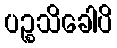
ပဉ္စသိခေါပိ